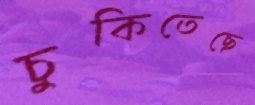
চুকিতেছে